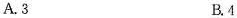
A.3 B.4